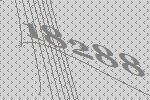
18288